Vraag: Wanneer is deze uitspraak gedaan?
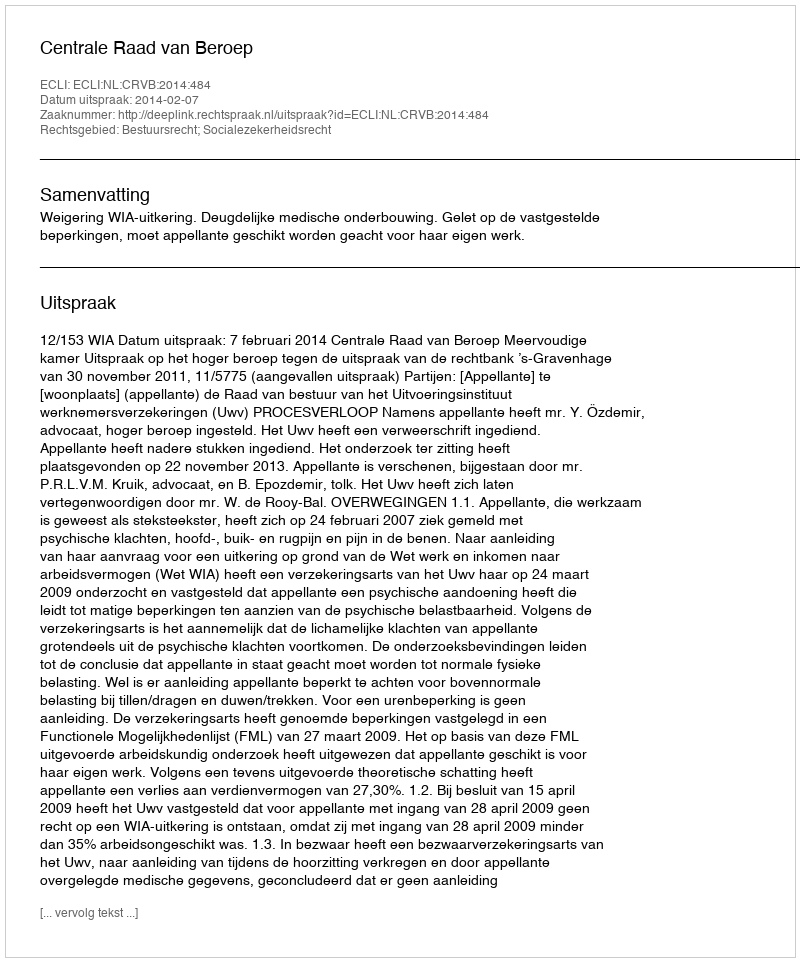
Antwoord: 2014-02-07